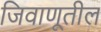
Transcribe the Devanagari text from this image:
जिवाणूतील